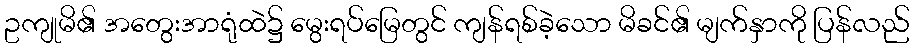
ဥကျုမိ၏ အတွေးအာရုံထဲ၌ မွေးရပ်မြေတွင် ကျန်ရစ်ခဲ့သော မိခင်၏ မျက်နှာကို ပြန်လည်